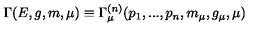
\Gamma ( E , g , m , \mu ) \equiv \Gamma _ { \mu } ^ { ( n ) } ( p _ { 1 } , . . . , p _ { n } , m _ { \mu } , g _ { \mu } , \mu )